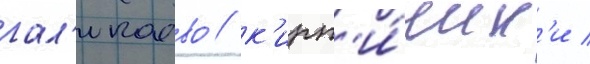
гал'икаево / к'ирп'и́чик'и /